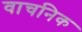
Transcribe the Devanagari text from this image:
वाचनिक